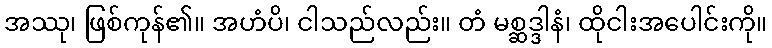
အဿု၊ ဖြစ်ကုန်၏။ အဟံပိ၊ ငါသည်လည်း။ တံ မစ္ဆဒ္ဒါနံ၊ ထိုငါးအပေါင်းကို။